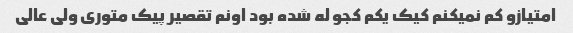
امتیازو کم نمیکنم کیک یکم کجو له شده بود اونم تقصیر پیک متوری ولی عالی